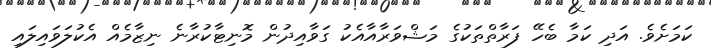
ކަމަށެވެ. އަދި ކަމާ ބެހޭ ފަރާތްތަކުގެ މަޝްވަރާއާއެކު ގަވާއިދުން މޮނިޓާކުރާނެ ނިޒާމެއް އެކުލަވައިލައި